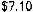
$7.10